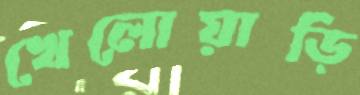
খেলোয়াড়ি